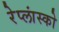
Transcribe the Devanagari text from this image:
रेप्लांस्को